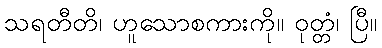
သရတီတိ၊ ဟူသောစကားကို။ ဝုတ္တံ၊ ပြီ။